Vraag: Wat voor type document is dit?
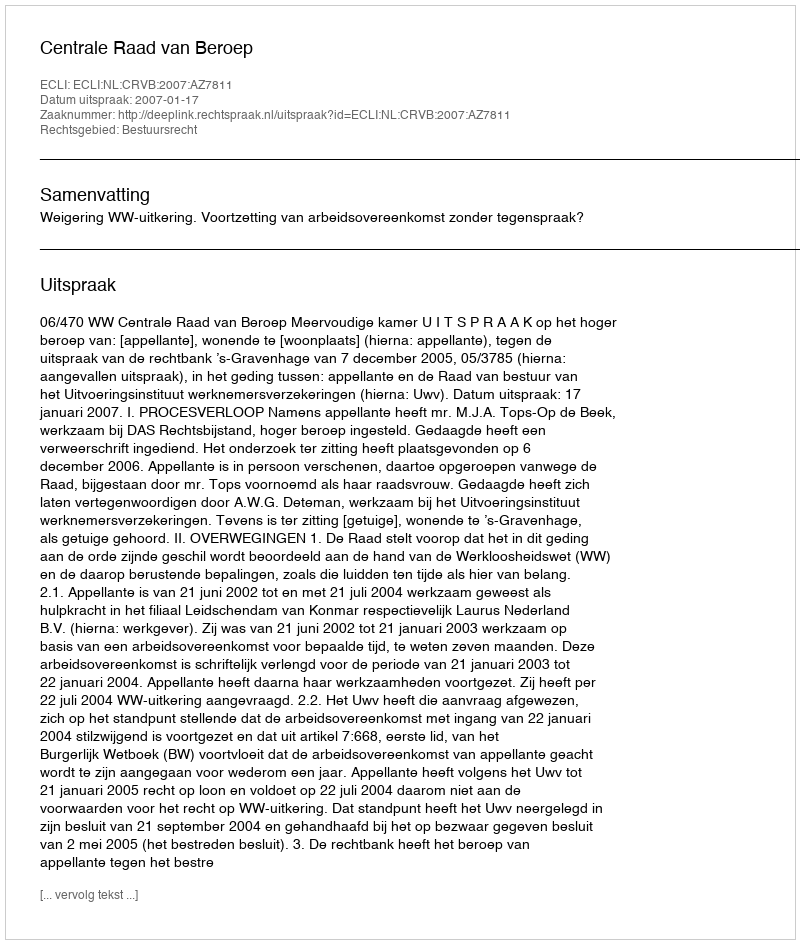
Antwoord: Uitspraak